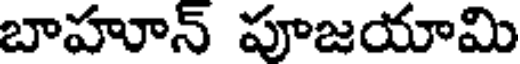
బాహూన్ పూజయామి